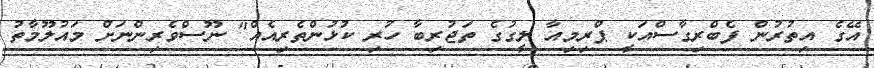
އޭގެ އިތުރުން ފެބްރިގާސްއަކީ ޕްރިމިއާ ލީގުގެ ތަޖުރިބާ ހުރި ކުޅުންތެރިއެއް" ނޫސްވެރިންނަށް މައުލޫމާތު